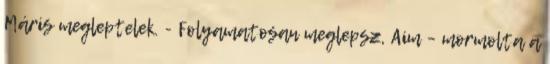
Máris megleptelek. - Folyamatosan meglepsz, Aim – mormolta a